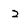
Character: 2